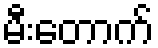
မီးတောက်